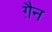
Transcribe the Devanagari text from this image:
ग़ैन